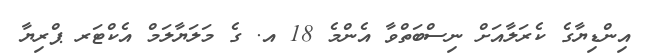
އިންޑިޔާގެ ކެރަލާއަށް ނިސްބަތްވާ އެންމެ 18 އ. ގެ މަލަޔާލަމް އެކްޓަރ ޕްރިޔާ